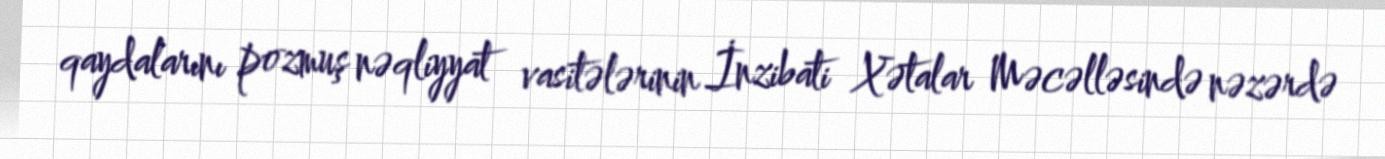
qaydalarını pozmuş nəqliyyat vasitələrinin İnzibati Xətalar Məcəlləsində nəzərdə